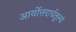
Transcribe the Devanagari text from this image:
आर्योत्तरार्धतुल्यं